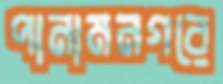
পানামনগরে